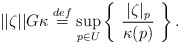
\begin{align*} ||\zeta||G\kappa \stackrel{def}{=} \sup_{p \in U} \left\{ \ \frac{|\zeta|_p}{\kappa(p)} \ \right\}.\end{align*}